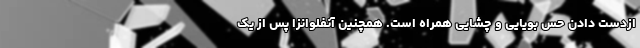
ازدست دادن حس بویایی و چشایی همراه است. همچنین آنفلوانزا پس از یک